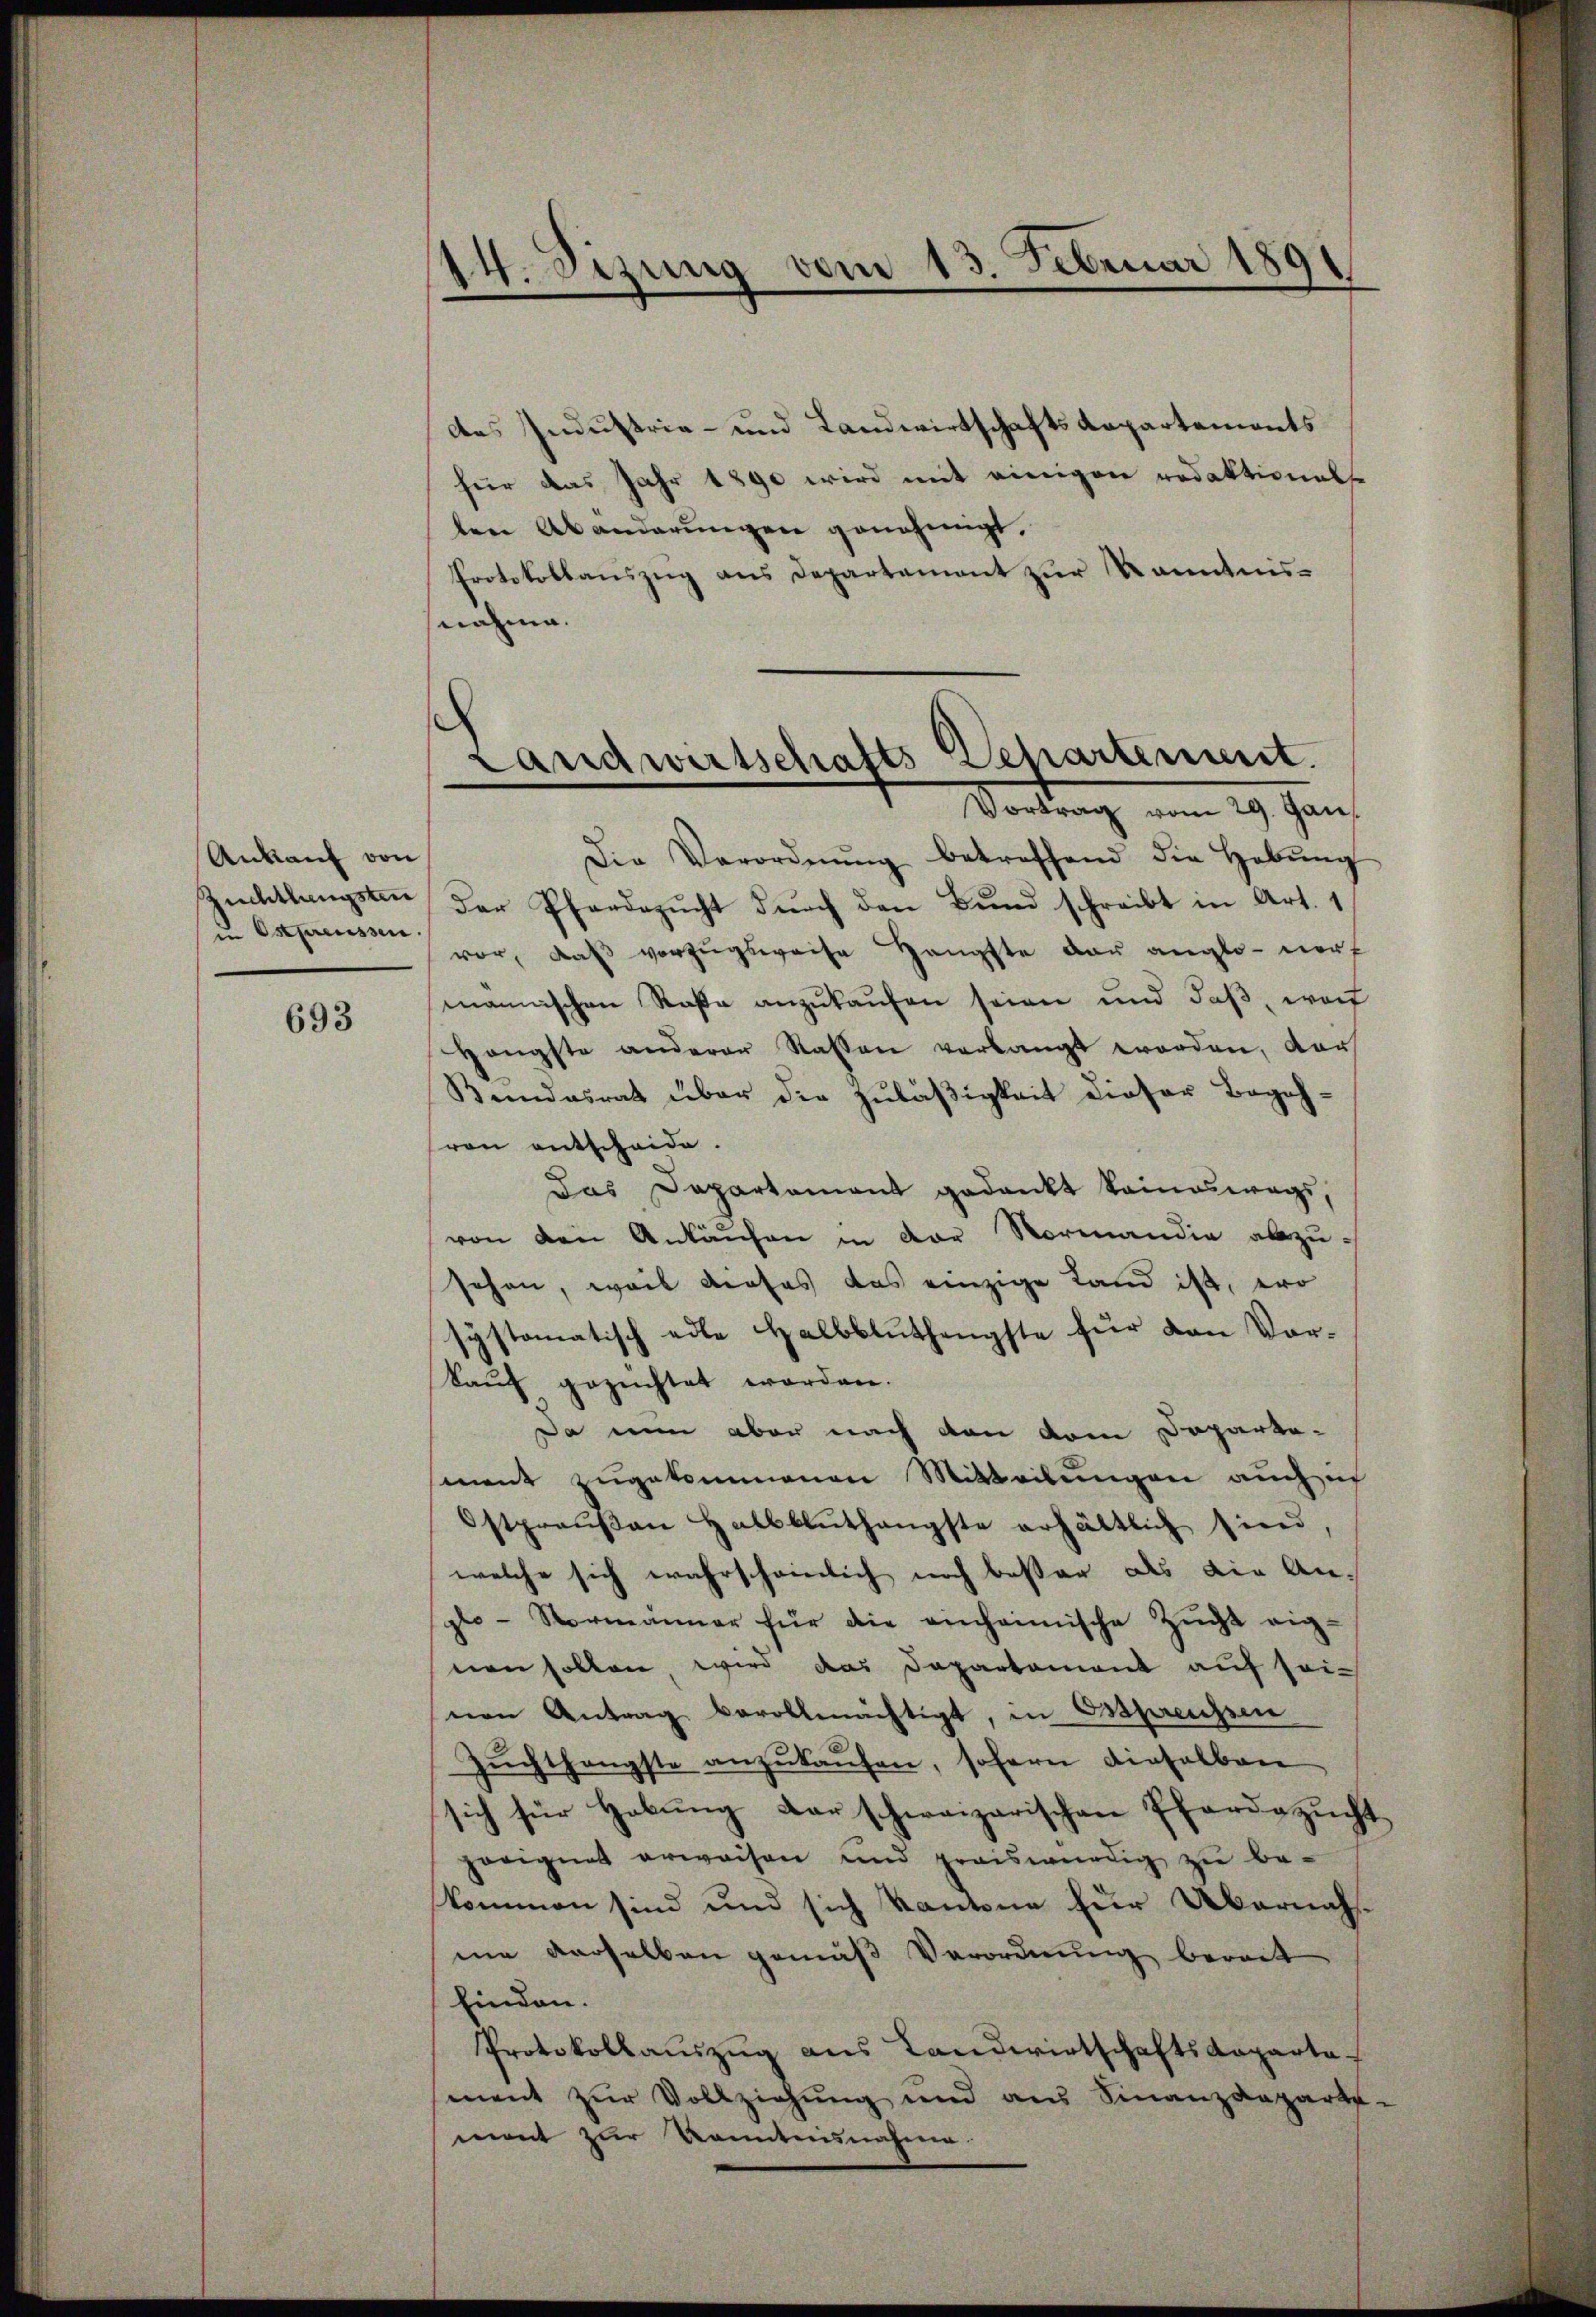
Ankauf von
Zuchtlangsten
in Ostpreussen

693

des Industria- und Landwirtschaftsdepartements
für das Jahr 1890 wird mit einigen redaktional
ten Abänderungen genehmigt.
Protokollaŭszŭg ans Departement zŭr Kenntnis-
nahme.

14. Sizung vom 13. Februar 18
e

Landwirtschafts Departement.
Vortrag vom 29. Gan

Die Verordnŭng betreffend die Hebŭng
Der Pfarrezŭcht dŭrch den Bund schreibt in Art. 1
vor, daβ vorzŭgsweise Hangfte der anglo-nert
männischen Rase anzukaufen seien und daß, wof
Hängste anderer Rassen verlangt worden, der
Bundesrath über die Zuläßigkeit dieser Begehvon entscheide.
Das Departement gedankt keineswegs,
von den Ankaŭfen in der Normandie abzu-
sehen, weil dieses das einzige Land ist, wo
systematisch edle Halbbluthengste für den Vor¬
Kauf gezuchtet worden.
Da nun aber nach den vom Departe-
ment zugekommenen Mitteilungen auch ich
Ostpreŭβen Halbblŭthangste erhältlich sind,
welche sich wahrscheinlich noch beßer als die Ansplo-Normänner für die einheimische Zŭcht eig-
nen sollen, wird das Departement auf seivon Antrag bevollmächtigt, in Ostpreissen
Zŭchthängste anzŭkaŭfen, sofern dieselben
sich für Habung der schweizerischen Pferdezucht
geeignet erwaisen und preiswürdig zu be-
kommen sind und sich kantone für Übernahme derselben gemäß Verordnung bereit
finden.
Protokollauszug aus Landwirtschaftsdeparta
ment zur Vollziehung und aus Finanzdeparte-
mant zur Kenntnisnahme.